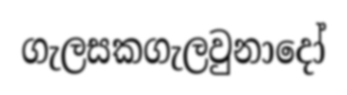
ගැලසකගැලවුනාදෝ